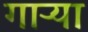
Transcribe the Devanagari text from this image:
गाऱ्या